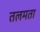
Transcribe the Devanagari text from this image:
तलमता